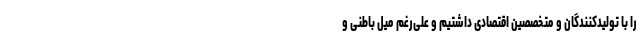
را با تولیدکنندگان و متخصصین اقتصادی داشتیم و علی‌رغم میل باطنی و